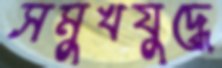
সমুখযুদ্ধে